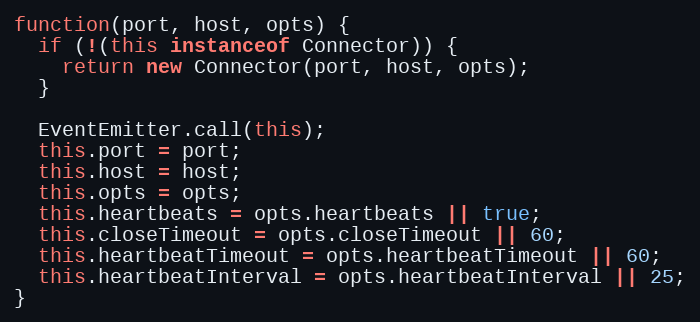
Language: JavaScript
function(port, host, opts) {
  if (!(this instanceof Connector)) {
    return new Connector(port, host, opts);
  }

  EventEmitter.call(this);
  this.port = port;
  this.host = host;
  this.opts = opts;
  this.heartbeats = opts.heartbeats || true;
  this.closeTimeout = opts.closeTimeout || 60;
  this.heartbeatTimeout = opts.heartbeatTimeout || 60;
  this.heartbeatInterval = opts.heartbeatInterval || 25;
}